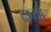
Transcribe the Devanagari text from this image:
दाव्यां